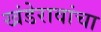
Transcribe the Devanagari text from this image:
खंडेरावांचा